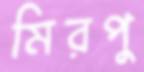
মিরপু